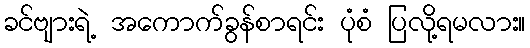
ခင်ဗျားရဲ့ အကောက်ခွန်စာရင်း ပုံစံ ပြလို့ရမလား။